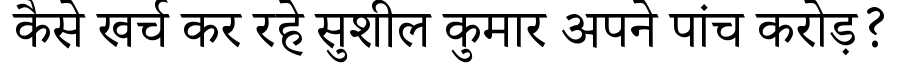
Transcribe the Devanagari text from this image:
कैसे खर्च कर रहे सुशील कुमार अपने पांच करोड़?